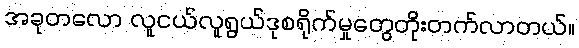
အခုတလော လူငယ်လူရွယ်ဒုစရိုက်မှုတွေတိုးတက်လာတယ်။